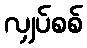
လျှပ်စစ်